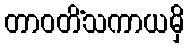
တာဝတိံသကာယမှိ